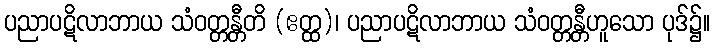
ပညာပဋိလာဘာယ သံဝတ္တန္တီတိ (ဧတ္ထ)၊ ပညာပဋိလာဘာယ သံဝတ္တန္တီဟူသော ပုဒ်၌။